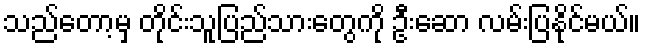
သည်တော့မှ တိုင်းသူပြည်သားတွေကို ဦးဆော လမ်းပြနိုင်မယ်။